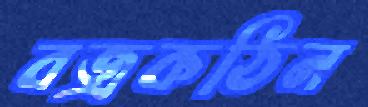
বজ্রকঠিন